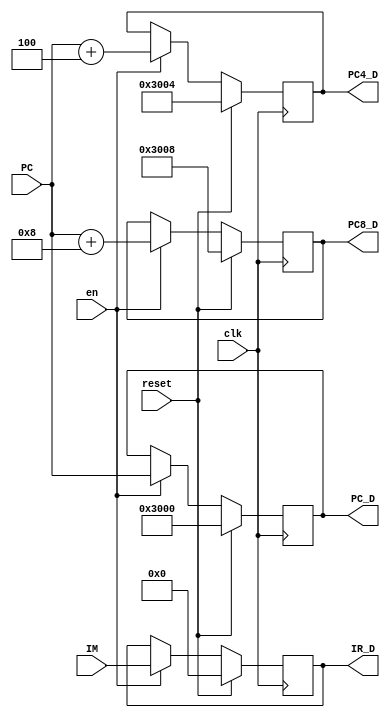
`timescale 1ns / 1ps
//////////////////////////////////////////////////////////////////////////////////
// Company: 
// Engineer: 
// 
// Design Name: 
// Module Name:    FDreg 
// Project Name: 
// Target Devices: 
// Tool versions: 
// Description: 
//
// Dependencies: 
//
// Revision: 
// Revision 0.01 - File Created
// Additional Comments: 
//
//////////////////////////////////////////////////////////////////////////////////
module FDreg(
	input clk,
	input reset,
	input en,
	input [31:0] PC,
	input [31:0] IM,
    output reg [31:0] IR_D,
	output reg [31:0] PC_D,
	output reg [31:0] PC4_D,
	output reg [31:0] PC8_D
    );

	initial begin
		IR_D = 32'h00000000;
		PC_D = 32'h00003000;
		PC4_D = 32'h00003004;
		PC8_D = 32'h00003008;
	end
	
	always @ ( posedge clk ) begin
		if (reset == 1) begin
			IR_D <= 32'h00000000;
			PC_D <= 32'h00003000;
			PC4_D <= 32'h00003004;
			PC8_D <= 32'h00003008;
		end
		else if (en==1) begin
			IR_D <= IM;
			PC_D <= PC;
			PC4_D <= PC + 4;
			PC8_D <= PC + 8;
		end
	end

endmodule